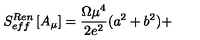
S _ { e f f } ^ { R e n } \left[ A _ { \mu } \right] = \frac { \Omega { \mu } ^ { 4 } } { 2 e ^ { 2 } } ( a ^ { 2 } + b ^ { 2 } ) +